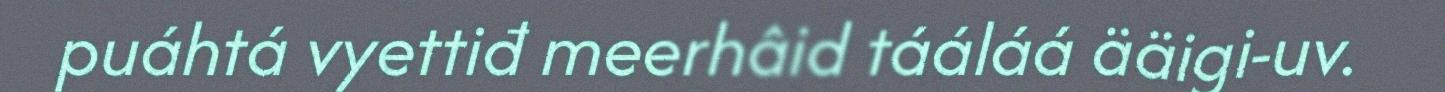
puáhtá vyettiđ meerhâid tááláá ääigi-uv.